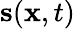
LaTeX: \mathbf{\boldsymbol{s}}(\mathbf{\boldsymbol{x}},t)